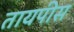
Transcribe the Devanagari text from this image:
तायपीस